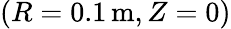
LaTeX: (R=0.1\, \mathrm{m},Z=0)